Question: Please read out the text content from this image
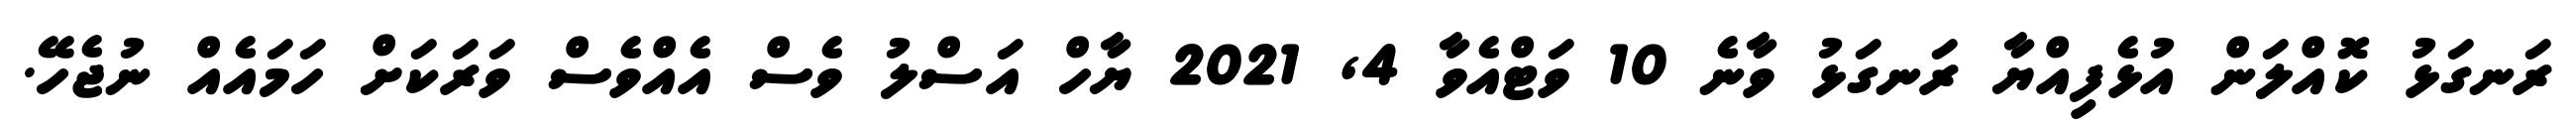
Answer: ރަނގަޅު ކޮއްލަން އުޅެފިއްޔާ ރަނގަޅު ވާނެ 10 ވަޓްއެވާ 4, 2021 ޔާހް އަސްލު ވެސް އެއްވެސް ވަރަކަށް ހަމައެއް ނުޖެހޭ.